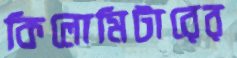
কিলোমিটারের